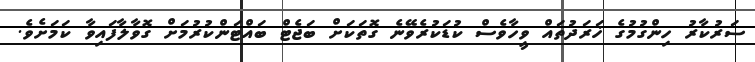
ސަރުކާރު ހިންގުމުގެ ޚަރަދުތައް ވީހާވެސް ކުޑަކުރެވޭނެ ގޮތަކަށް ބަޖެޓް ބައްޓަންކުރުމަށް ގޮވާލާފައިވާ ކަަމަށެެެވެ.